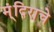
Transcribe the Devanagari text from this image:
म्ंदिराचे